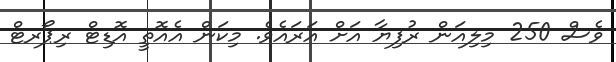
ވެސް 250 މިލިއަން ރުފިޔާ އަށް އަރައެވެ. މިކަން އެއޮތީ އޮޑިޓް ރިޕޯރޓް